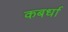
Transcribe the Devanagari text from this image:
कबर्धा